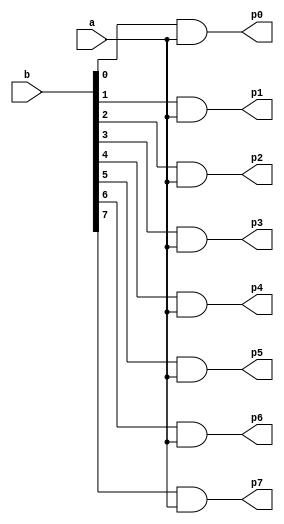
`timescale 1ns / 1ps
//////////////////////////////////////////////////////////////////////////////////
// Company: 
// Engineer: 
// 
// Design Name: 
// Module Name:    partial_product 
// Project Name: 
// Target Devices: 
// Tool versions: 
// Description: 
//
// Dependencies: 
//
// Revision: 
// Revision 0.01 - File Created
// Additional Comments: 
//
//////////////////////////////////////////////////////////////////////////////////
module partial_product(a,b,p0,p1,p2,p3,p4,p5,p6,p7);

input [7:0] b;
input a;
output p0,p1,p2,p3,p4,p5,p6,p7;
assign p0 = b[0] & a;
assign p1 = b[1] & a;
assign p2 = b[2] & a;
assign p3 = b[3] & a;
assign p4 = b[4] & a;
assign p5 = b[5] & a;
assign p6 = b[6] & a;
assign p7 = b[7] & a;
endmodule